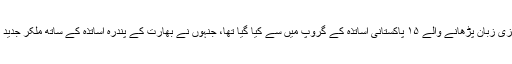
سیکنڈری اسکولوں اور جامعات کی نمائندگی کرنے والے کانفرنس کے پانچوں شرکاء کا انتخاب انگریزی زبان پڑھانے والے ۱۵ پاکستانی اساتذہ کے گروپ میں سے کیا گیا تھا، جنہوں نے بھارت کے پندرہ اساتذہ کے ساتھ ملکر جدید تدریسی مہارتوں سے متعلق ایک سیمسٹر پر مبنی آن لائن ٹیچر کورس کامیابی کے ساتھ مکمل کیا تھا۔